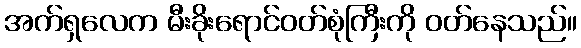
အက်ရှလေက မီးခိုးရောင်ဝတ်စုံကြီးကို ဝတ်နေသည်။